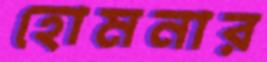
হোমনার